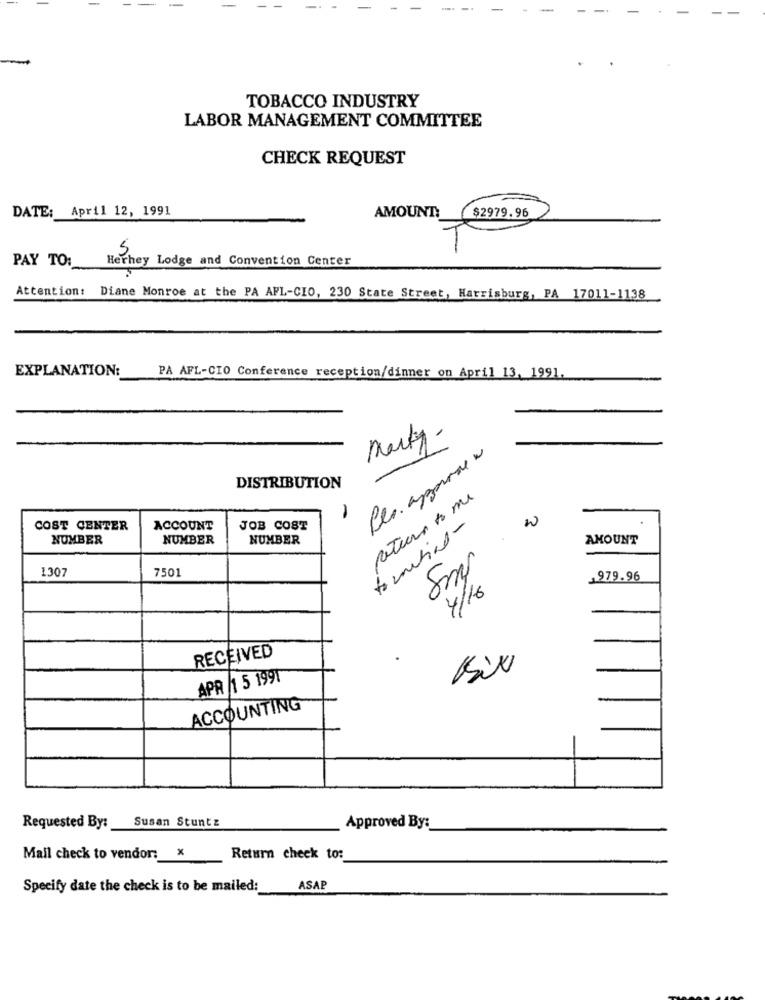
-
-
TOBACCO INDUSTRY
LABOR MANAGEMENT COMMITTEE
CHECK REQUEST
DATE: April 12, 1991
$2979.96
AMOUNT:
5
Herhey Lodge and Convention Center
PAY TO:
Attention: Diane Monroe at the PA AFL-CIO, 230 State Street, Harrisburg, PA 17011-1138
EXPLANATION:
PA AFL-CIO Conference reception/dinner on April 13, 1991
Marty.
Pes approve w
DISTRIBUTION
peter to me
COST CENTER
ACCOUNT
JOB COST
NUMBER
NUMBER
NUMBER
AMOUNT
1307
7501
1979.96
4/16
RECEIVED
Six
APR /1 5 1991
ACCOUNTING
Susan Stuntz
Requested By:
Approved By:
Mail check to vendor: X
Return check to:
Specify date the check is to be mailed:
ASAP